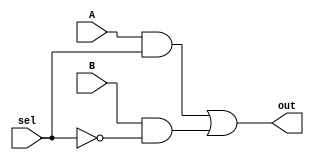
module multiplex(
    input A,
    input B,
    input sel,
    output out
    );
    and(tnode, A, sel);
    and(bnode, B, ~sel);
    or(out, tnode, bnode);
endmodule